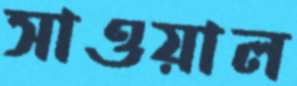
সাওয়াল